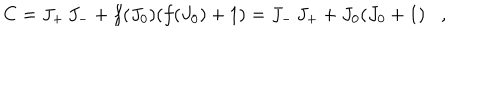
LaTeX: C = J _ { + } \, J _ { - } + f ( J _ { 0 } ) ( f ( J _ { 0 } ) + 1 ) = J _ { - } \, J _ { + } + J _ { 0 } ( J _ { 0 } + 1 ) ,